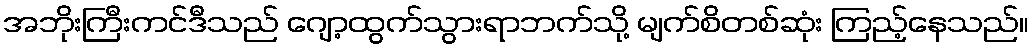
အဘိုးကြီးကင်ဒီသည် ဂျော့ထွက်သွားရာဘက်သို့ မျက်စိတစ်ဆုံး ကြည့်နေသည်။